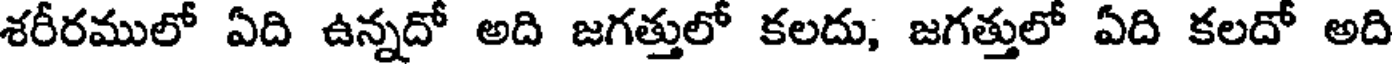
శరీరములో ఏది ఉన్నదో అది జగత్తులో కలదు, జగత్తులో ఏది కలదో అది